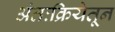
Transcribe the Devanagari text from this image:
अंतःक्रियेतून